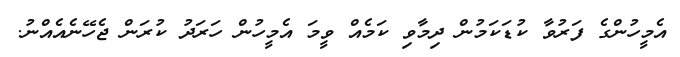
އެމީހުންގެ ފަރުވާ ކުޑަކަމުން ދިމާވި ކަމެއް ވީމަ އެމީހުން ހަރަދު ކުރަން ޖެހޭނެއެއްނު.